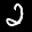
Label: 2